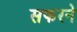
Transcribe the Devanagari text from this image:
सफरने